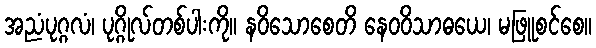
အညံပုဂ္ဂလံ၊ ပုဂ္ဂိုလ်တစ်ပါးကို။ နဝိသောစေတိ နေဝဝိသာဓယေ၊ မဖြူစင်စေ။